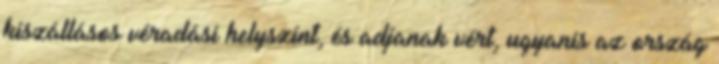
kiszállásos véradási helyszínt, és adjanak vért, ugyanis az ország